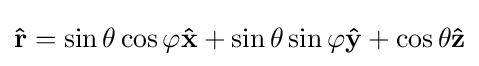
\mathbf {\hat {r}} =\sin \theta \cos \varphi \mathbf {\hat {x}} +\sin \theta \sin \varphi \mathbf {\hat {y}} +\cos \theta \mathbf {\hat {z}}